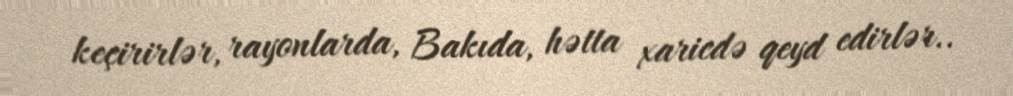
keçirirlər, rayonlarda, Bakıda, hətta xaricdə qeyd edirlər..